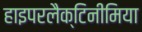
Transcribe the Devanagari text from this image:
हाइपरलैक्टिनीमिया